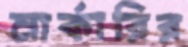
মার্কারির